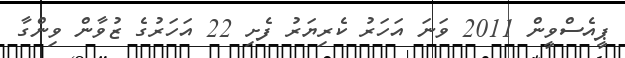
ޕީއެސްވީން 2011 ވަނަ އަހަރު ކެރިޔަރު ފެށި 22 އަހަރުގެ ޒުވާން ވިންގާ